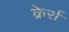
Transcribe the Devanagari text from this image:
क्रेर्रा